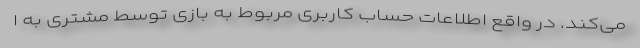
می‌کند. در واقع اطلاعات حساب کاربری مربوط به بازی توسط مشتری به ا